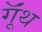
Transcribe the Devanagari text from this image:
गूॅंथ